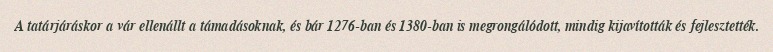
A tatárjáráskor a vár ellenállt a támadásoknak, és bár 1276-ban és 1380-ban is megrongálódott, mindig kijavították és fejlesztették.